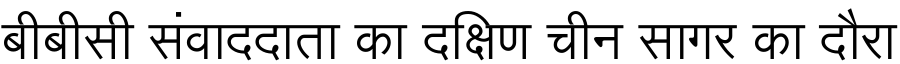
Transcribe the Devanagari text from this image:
बीबीसी संवाददाता का दक्षिण चीन सागर का दौरा